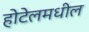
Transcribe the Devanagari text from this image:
होटेलमधील